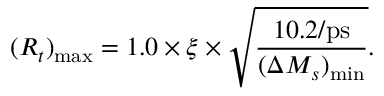
( R _ { t } ) _ { \mathrm { m a x } } = 1 . 0 \times \xi \times \sqrt { \frac { 1 0 . 2 / \mathrm { p s } } { ( \Delta M _ { s } ) _ { \mathrm { m i n } } } } .